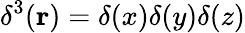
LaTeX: \delta^{3}(\mathbf r)=\delta(x)\delta(y)\delta(z)